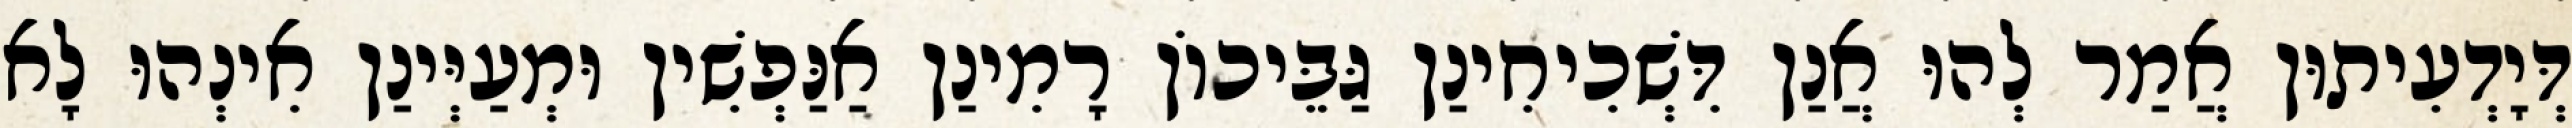
דְּיָדְעִיתוּן אֲמַר לְהוּ אֲנַן דִּשְׁכִיחִינַן גַּבֵּיכוֹן רָמִינַן אַנַּפְשִׁין וּמְעַיְּינַן אִינְהוּ לָא